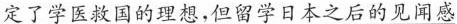
定了学医救国的理想，但留学日本之后的见闻感